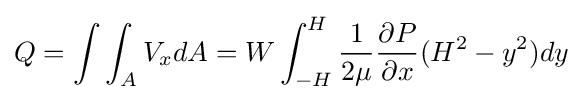
Q=\int \int _{A}V_{x}dA=W\int _{-H}^{H}{\frac {1}{2\mu }}{\frac {\partial P}{\partial x}}(H^{2}-y^{2})dy